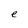
Character: e